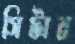
সিটাব্র